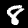
Label: 8